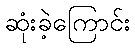
ဆုံးခဲ့ကြောင်း